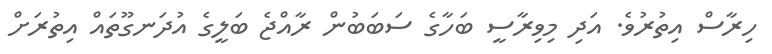
ހިރާސް އިތުރުވެ. އަދި މިވިރާސީ ބަހާގެ ސަބަބުން ރާއްޖެ ބަލީގެ އުދަނގޫތައް އިތުރަށް